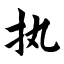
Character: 执